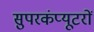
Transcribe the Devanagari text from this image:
सुपरकंप्यूटरों